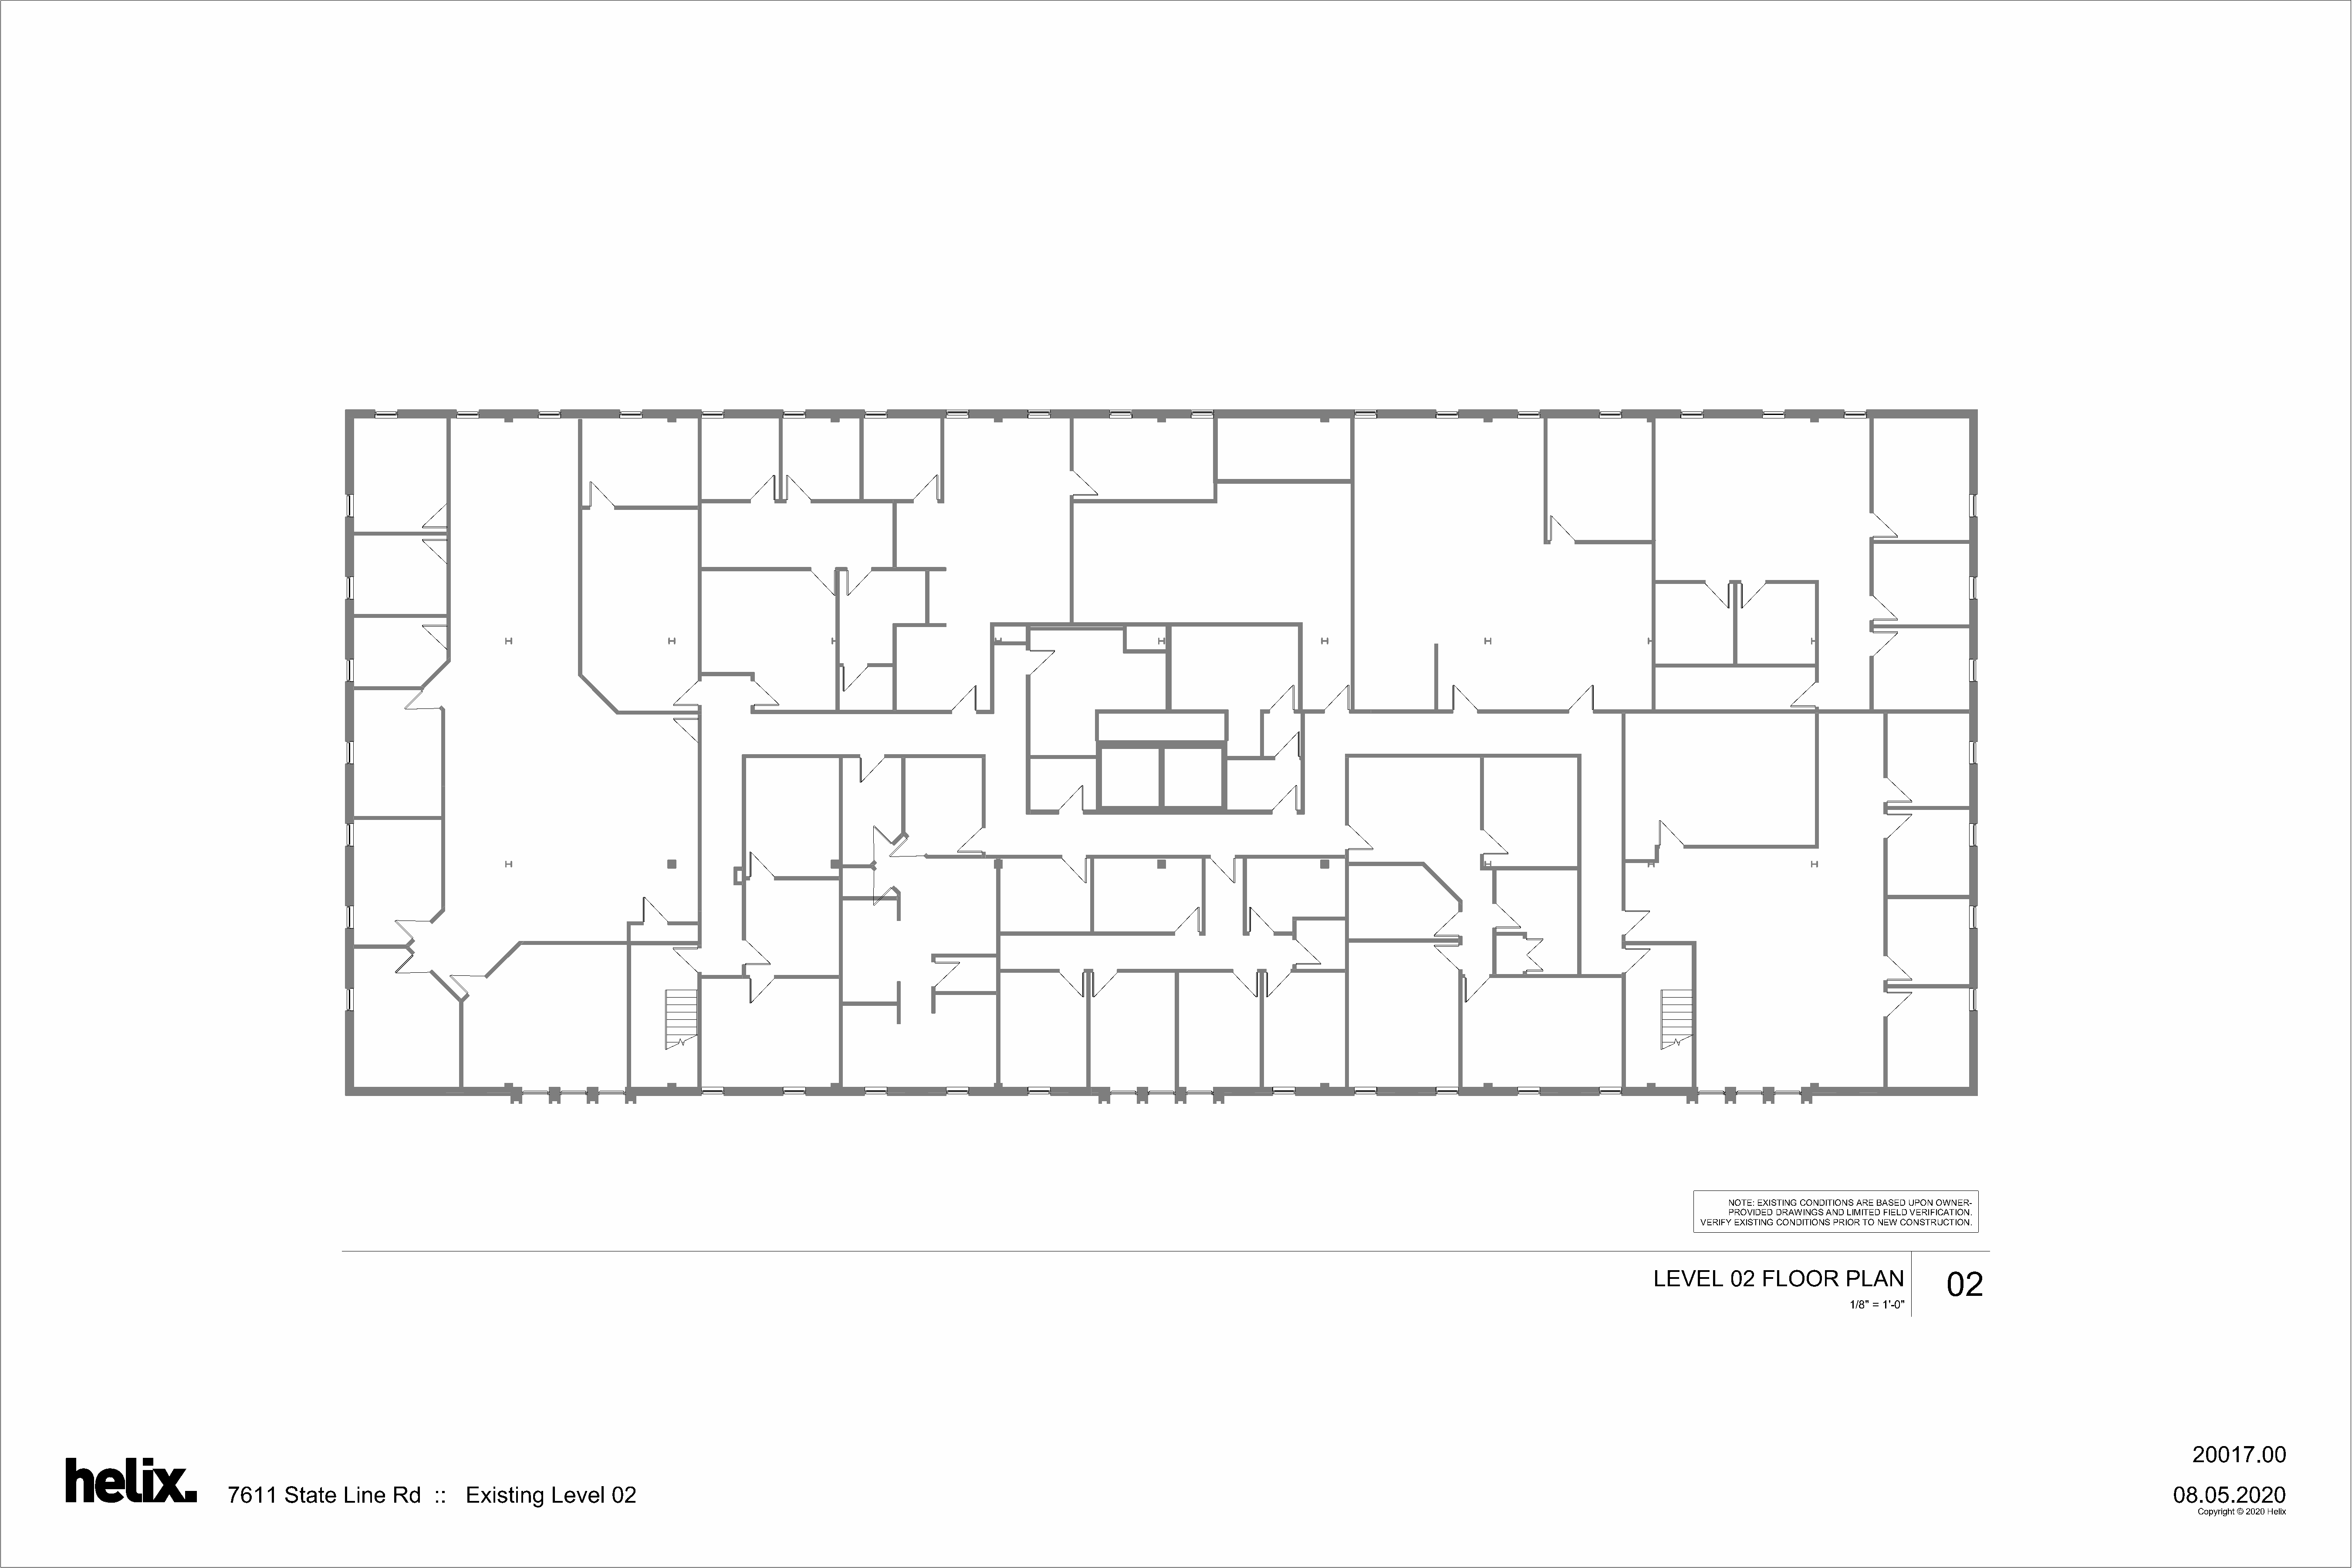
NOTE: EXISTING CONDITIONS ARE BASED UPON OWNER-
 PROVIDED DRAWINGS AND LIMITED FIELD VERIFICATION.
 VERIFY EXISTING CONDITIONS PRIOR TO NEW CONSTRUCTION.
 LEVEL       02   FLOOR        PLAN           02
 1/8" = 1'-0"
 20017.00
 7611    State    Line    Rd    ::   Existing     Level    02                                                                                                                                                                                                                                           08.05.2020
 Copyright © 2020 Helix